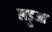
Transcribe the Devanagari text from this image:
लड़ुआ